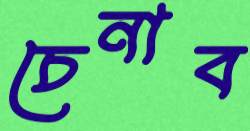
চেনাব